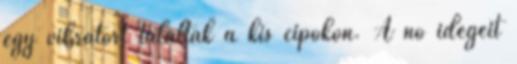
egy vibrátort találtak a kis cipőkön. A nő idegeit